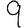
Digit: 9